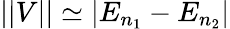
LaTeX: ||V||\simeq|E_{n_{1}}-E_{n_{2}}|